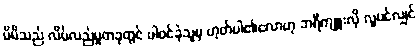
မိမိသည် လိမ်လည်မှုတခုတွင် ပါဝင်ခဲ့သူမှ ဟုတ်ပါ၏လောဟု ဘရီကျူးလို လူပင်လျှင်